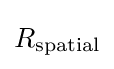
R_{\text{spatial}}